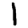
Digit: 1